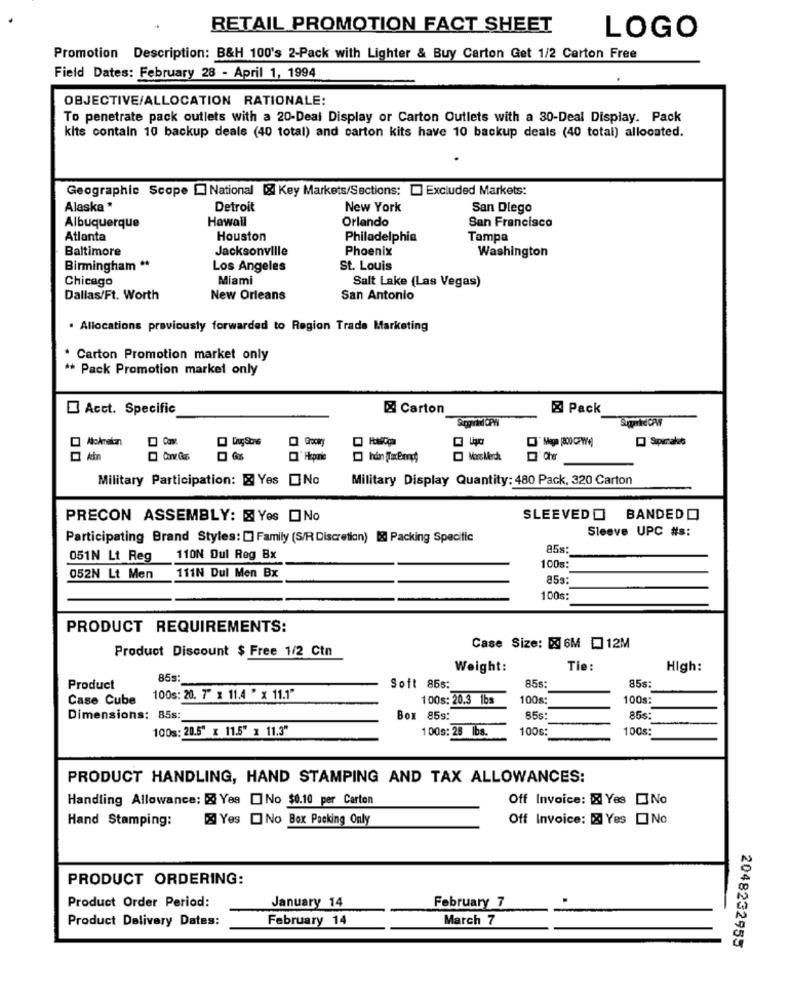
RETAIL PROMOTION FACT SHEET
LOGO
Promotion Description: B&H 100's 2-Pack with Lighter & Buy Carton Get 1/2 Carton Free
Field Dates: February 28 - April 1, 1994
OBJECTIVE/ALLOCATION RATIONALE:
To penetrate pack outlets with a 20-Deal Display or Carton Outlets with a 30-Deal Display. Pack
kits contain 10 backup deals (40 total) and carton kits have 10 backup deals (40 total) allocated.
Geographie Scope _ National & Key Markets/Sections: [ Excluded Markets:
Alaska *
Detroit
New York
San Diego
Howall
Orlando
Albuquerque
San Francisco
Atlanta
Houston
Philadelphia
Tampa
Baltimore
Jacksonville
Phoenix
Washington
Birmingham **
Los Angeles
St. Louis
Chicago
Miami
Salt Lake (Las Vegas)
Dallas/Ft. Worth
New Orleans
San Antonio
. Allocations previously forwarded to Region Trade Marketing
Carton Promotion market only
** Pack Promotion market only
Acct. Specific
& Carton
Pack
Spiccaks
Military Participation: Z Yes No
Military Display Quantity: 480 Pack, 320 Carton
PRECON ASSEMBLY: & Yes No
SLEEVED BANDEDO
Sleeve UPC #s:
Participating Brand Styles: [ Family (S/R Discretion) & Packing Specific
85s:
051N Lt Reg
110N Dul Reg Bx
100g:
052N Lt Men
111N Dul Men Bx
853
100s:
PRODUCT REQUIREMENTS:
Product Discount $ Free 1/2 Ctn
Case Size: [X 6M [ 12M
Weight:
Tie:
High:
85s:
855
Product
Soft 855:
85s:
Case Cube
100s: 20. 7" x 11.4 " x 11.1"
100s: 20.3 1bs
100g:
100s:
Dimensions: 85s:
Box 859:
85G
85s:
100g: 20.5" x 11.5" x 11.3"
100g: 28 Ibs.
100g:
100s:
PRODUCT HANDLING, HAND STAMPING AND TAX ALLOWANCES:
Handling Allowance: & Yes No $0.10 per Carton
Off Invoice: X Yes No
Hand Stamping:
& Yes No Box Packing Only
Off Invoice: X Yes No
PRODUCT ORDERING:
Product Order Period:
January 14
February 7
Product Delivery Dates:
February 14
March 7
2048232955